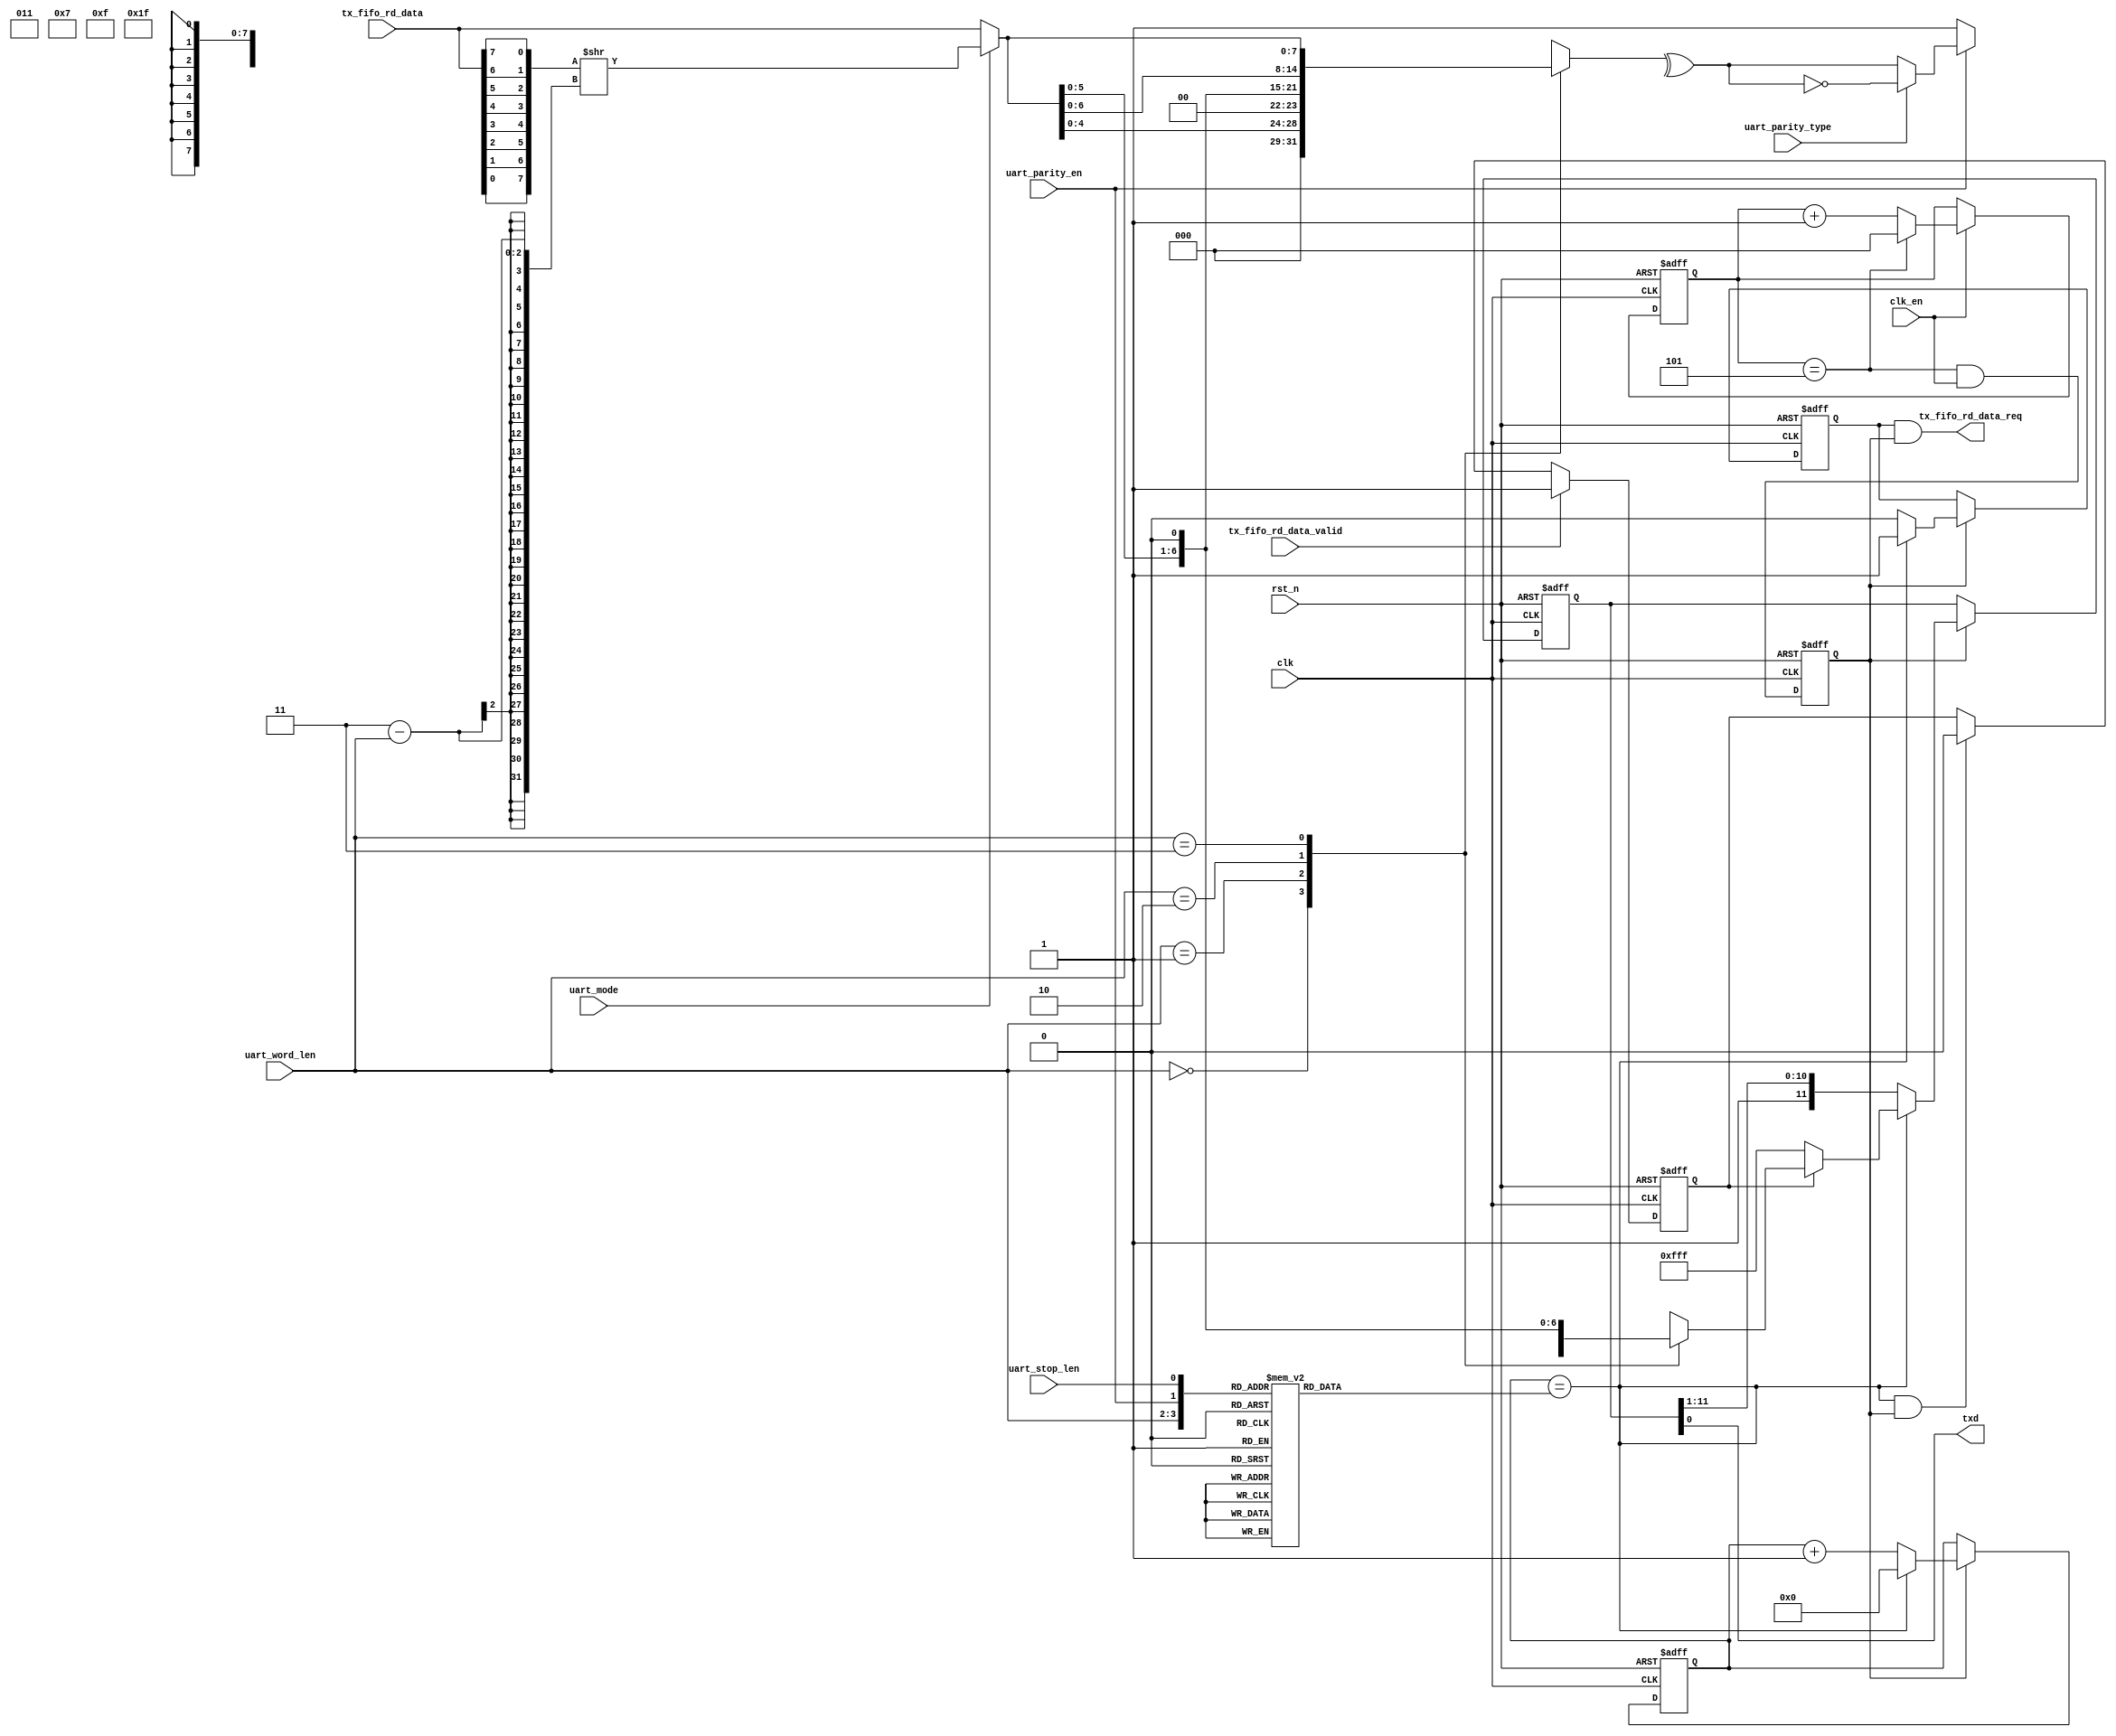
// This program was cloned from: https://github.com/flytt-away/FPGA-Video-Capture
// License: MIT License

//******************************************************************
// Copyright (c) 2014 PANGO MICROSYSTEMS, INC
// ALL RIGHTS REVERVED.
//******************************************************************
`timescale 1ns/1ns
module pgr_uart_tx_32bit(
    input           clk,
    input           clk_en,
    input           rst_n,

    input   [7:0]   tx_fifo_rd_data,
    input           tx_fifo_rd_data_valid,  // Transfer the data until tx_fifo is empty
    output  wire    tx_fifo_rd_data_req,

    input   [1:0]   uart_word_len,
    input           uart_parity_en,
    input           uart_parity_type,
    input           uart_stop_len,
    input           uart_mode, //0:LSBF 1:MSBF

    output  wire    txd
);

reg     [2:0]   cnt;
wire            cnt_down;
reg             clken; //5 div from clk_en
//reg             in_cyc;
//reg             tx_begin;
reg             tx_req;
wire            tx_over;
wire    [7:0]   tx_data;
wire    [7:0]   tx_data_temp;
wire    [7:0]   tx_data_revise;
reg     [11:0]  tx_frame;
reg     [3:0]   tx_len;
reg     [3:0]   tx_cnt;
reg     [11:0]  shift_reg;
reg     [7:0]   tx_data_purn;

assign cnt_down = cnt == 3'd5;  // oversample, 6 times

always @(posedge clk or negedge rst_n)
begin
    if(~rst_n)
        clken <= 1'b0;
    else
        clken <= cnt_down && clk_en;
end

always @(posedge clk or negedge rst_n)
begin
    if(~rst_n)
        cnt <= 3'b0;
    else if(clk_en)
    begin
        if(cnt_down)
            cnt <= 3'b0;
        else
            cnt <= cnt + 3'b1;
    end
end
//
//always @(posedge clk or negedge rst_n)
//begin
//    if(~rst_n)
//    begin
//        tx_data <= 8'hff;
//        tx_begin <= 1'b0;
//    end
//    else if(clken)
//    begin
//        if(~in_cyc && tx_fifo_rd_data_valid && ~tx_begin)
//        begin
//            tx_begin <= 1'b1;
//            tx_data <= tx_fifo_rd_data;
//        end
//        else
//            tx_begin <= 1'b0;
//    end
//end

assign tx_data = tx_fifo_rd_data;

assign tx_fifo_rd_data_req = tx_req & clken;

//always @(posedge clk or negedge rst_n)
//begin
//    if(~rst_n)
//        in_cyc <= 1'b0;
//    else if(clken)
//    begin
//        if(tx_begin)
//            in_cyc <= 1'b1;
//        else if(tx_over)
//            in_cyc <= 1'b0;
//    end
//end

genvar i;
generate
for(i = 0; i <= 7; i = i + 1)
begin:REV_TX
    assign tx_data_revise[i] = tx_data[7 - i];
end
endgenerate     //MSBF 2 LSBF

assign tx_data_temp = uart_mode ? (tx_data_revise >> (3 - uart_word_len)) : tx_data;
assign tx_parity = uart_parity_en ? (uart_parity_type ? (~(^tx_data_purn)) : (^tx_data_purn)) : 1'b1;

always @(*)
begin
    case({uart_word_len,uart_parity_en,uart_stop_len})
        4'b0000 : tx_len = 4'd6;
        4'b0001 : tx_len = 4'd7;
        4'b0010 : tx_len = 4'd7;
        4'b0011 : tx_len = 4'd8;
        4'b0100 : tx_len = 4'd7;
        4'b0101 : tx_len = 4'd8;
        4'b0110 : tx_len = 4'd8;
        4'b0111 : tx_len = 4'd9;
        4'b1000 : tx_len = 4'd8;
        4'b1001 : tx_len = 4'd9;
        4'b1010 : tx_len = 4'd9;
        4'b1011 : tx_len = 4'd10;
        4'b1100 : tx_len = 4'd9;
        4'b1101 : tx_len = 4'd10;
        4'b1110 : tx_len = 4'd10;
        4'b1111 : tx_len = 4'd11;
    endcase
end

always @(*)
begin
    case(uart_word_len)
        2'b00 : tx_data_purn = {3'b0,tx_data_temp[4:0]};
        2'b01 : tx_data_purn = {2'b0,tx_data_temp[5:0]};
        2'b10 : tx_data_purn = {1'b0,tx_data_temp[6:0]};
        2'b11 : tx_data_purn = {tx_data_temp};
    endcase
end

always @(*)
begin
    case(uart_word_len)
        2'b00 : tx_frame = {6'h3f,tx_parity,tx_data_temp[4:0],1'b0};
        2'b01 : tx_frame = {5'h1f,tx_parity,tx_data_temp[5:0],1'b0};
        2'b10 : tx_frame = {4'hf,tx_parity,tx_data_temp[6:0],1'b0};
        2'b11 : tx_frame = {2'h3,tx_parity,tx_data_temp,1'b0};
    endcase
end

reg valid_temp;

always@(posedge clk or negedge rst_n)
begin
   if(~rst_n)
        valid_temp <= 1'b0;
   else if(tx_fifo_rd_data_valid)
        valid_temp <= 1'b1;
    else if(tx_over && clken)
        valid_temp <= 1'b0;
end

always @(posedge clk or negedge rst_n)
begin
    if(~rst_n)
    begin
        shift_reg <= 12'hfff;
        tx_cnt <= 4'b0;
        tx_req <= 1'b0;
    end
    else if(clken)
    begin
        if(tx_over)
        begin
            shift_reg <= valid_temp ? tx_frame : 12'hfff;
            tx_cnt <= 4'b0;
            tx_req <= 1;
        end
        else //if(in_cyc)
        begin
            shift_reg <= {1'b1,shift_reg[11:1]};
            tx_cnt <= tx_cnt + 4'b1;
            tx_req <= 1'b0;
        end
    end
end

assign txd = shift_reg[0];

assign tx_over = tx_cnt == tx_len;

endmodule //pgr_uart_tx